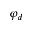
\varphi _ { d }